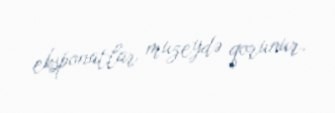
eksponatlar muzeydə qorunur.